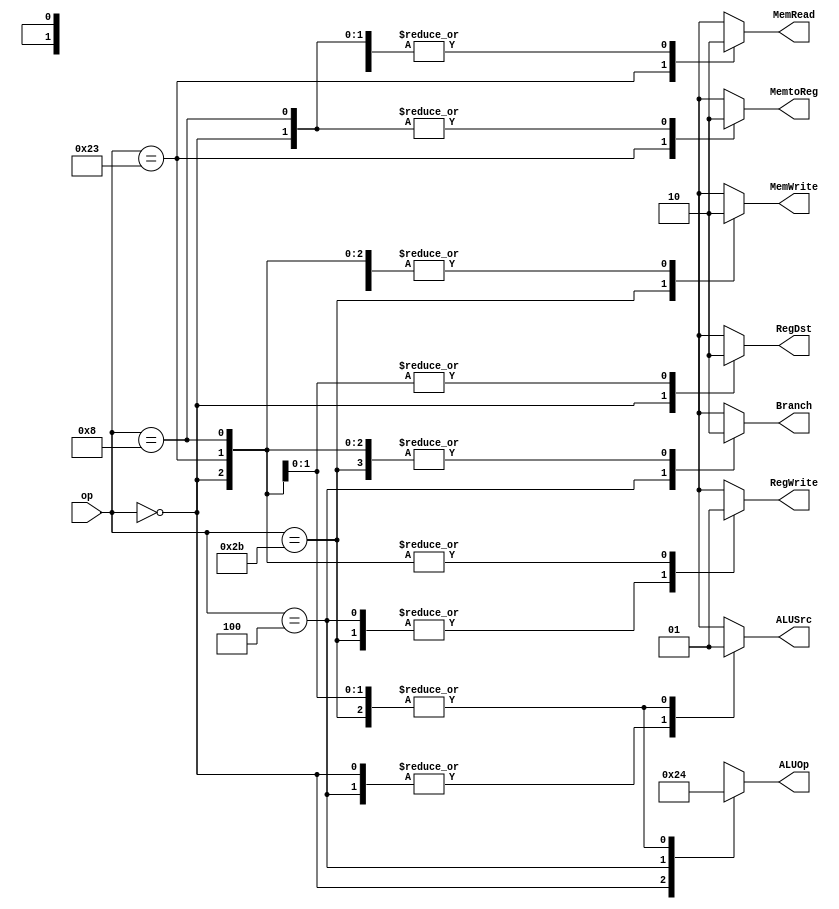
module Control_Unit (
    input [5:0] op,
    output reg MemtoReg, MemWrite, MemRead, Branch, 
    output reg ALUSrc, RegDst, RegWrite,
    output reg [1:0] ALUOp

);
    always @(*) begin
        case (op)
            6'b000000 : //R-type
            begin
                RegWrite = 1'b1;
                RegDst = 1'b1;
                ALUSrc = 1'b0;
                Branch = 1'b0;
                MemWrite = 1'b0;
                MemRead = 1'b0;
                MemtoReg = 1'b0;
                ALUOp = 2'b10;
            end 
            6'b100011 : //LW 
            begin
                RegWrite = 1'b1;
                RegDst = 1'b0;
                ALUSrc = 1'b1;
                Branch = 1'b0;
                MemWrite = 1'b0;
                MemRead = 1'b1;
                MemtoReg = 1'b1;
                ALUOp = 2'b00;
            end
            6'b101011 : //SW 
            begin
                RegWrite = 1'b0;
                RegDst = 1'bx;
                ALUSrc = 1'b1;
                Branch = 1'b0;
                MemWrite = 1'b1;
                MemRead = 1'b0;
                MemtoReg = 1'bx;
                ALUOp = 2'b00;
            end
            6'b000100 : //beq
            begin
                RegWrite = 1'b0;
                RegDst = 1'bx;
                ALUSrc = 1'b0;
                Branch = 1'b1;
                MemWrite = 1'b0;
                MemRead = 1'b0;
                MemtoReg = 1'bx;
                ALUOp = 2'b01;
            end
            6'b001000 : //addi 
            begin
                RegWrite = 1'b1;
                RegDst = 1'b0;
                ALUSrc = 1'b1;
                Branch = 1'b0;
                MemWrite = 1'b0;
                MemRead = 1'b0;
                MemtoReg = 1'b0;
                ALUOp = 2'b00;               
            end  
            
            default: 
            begin
                RegWrite = 1'bx;
                RegDst = 1'bx;
                ALUSrc = 1'bx;
                Branch = 1'bx;
                MemWrite = 1'bx;
                MemRead = 1'bx;
                MemtoReg = 1'bx;
                ALUOp = 2'bxx;
            end  
        endcase
    end
endmodule